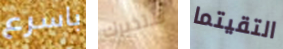
باسرع ستخبرك التقيتما